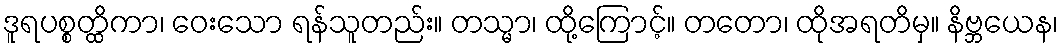
ဒူရပစ္စတ္ထိကာ၊ ဝေးသော ရန်သူတည်း။ တသ္မာ၊ ထို့ကြောင့်။ တတော၊ ထိုအရတိမှ။ နိဗ္ဘယေန၊